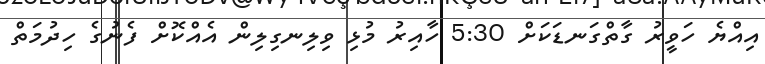
އިއްޔެ ހަވީރު ގާތްގަނޑަކަށް 5:30 ހާއިރު މުޅި ވިލިނގިލިން އެއްކޮށް ފެނުގެ ހިދުމަތް